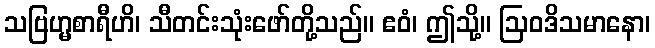
သဗြဟ္မစာရီဟိ၊ သီတင်းသုံးဖော်တို့သည်။ ဧဝံ၊ ဤသို့။ ဩဝဒိသမာနော၊